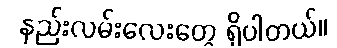
နည်းလမ်းလေးတွေ ရှိပါတယ်။